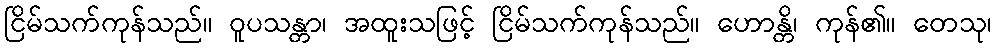
ငြိမ်သက်ကုန်သည်။ ဝူပသန္တာ၊ အထူးသဖြင့် ငြိမ်သက်ကုန်သည်။ ဟောန္တိ၊ ကုန်၏။ တေသု၊